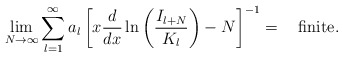
\begin{align*}\lim_{N \rightarrow \infty} \sum^\infty_{l = 1} a_l \left[ x\displaystyle\frac{d}{dx} \ln \left( \displaystyle\frac{I_{l +N}}{K_l} \right) - N \right]^{-1} = \quad \mbox {finite}.\end{align*}